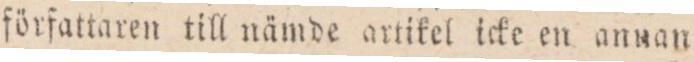
författaren till nämde artikel icke en annan